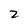
Character: 2